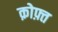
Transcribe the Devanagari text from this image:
क़ोफ़्त